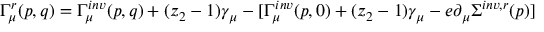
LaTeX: \Gamma _ { \mu } ^ { r } ( p , q ) = \Gamma _ { \mu } ^ { i n v } ( p , q ) + ( z _ { 2 } - 1 ) \gamma _ { \mu } - [ \Gamma _ { \mu } ^ { i n v } ( p , 0 ) + ( z _ { 2 } - 1 ) \gamma _ { \mu } - e \partial _ { \mu } \Sigma ^ { i n v , r } ( p ) ]